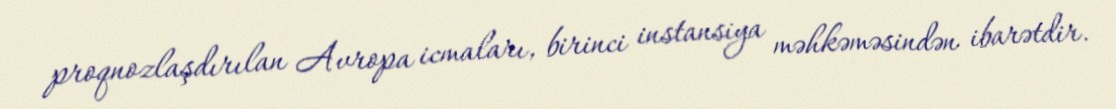
proqnozlaşdırılan Avropa icmaları, birinci instansiya məhkəməsindən ibarətdir.